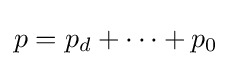
p=p_{d}+\cdots +p_{0}